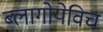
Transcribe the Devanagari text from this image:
ब्लागोयेविच